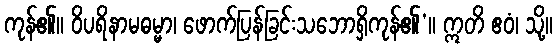
ကုန်၏။ ဝိပရိနာမဓမ္မာ၊ ဖောက်ပြန်ခြင်းသဘောရှိကုန်၏’။ ဣတိ ဧဝံ၊ သို့။